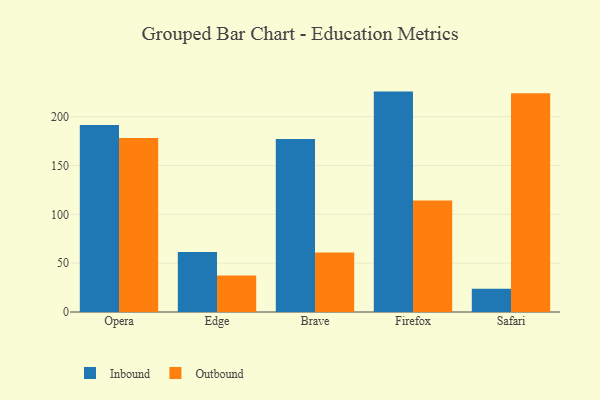
{"axis": {"x": "Browser", "y": "Market Share (%)"}, "legend": ["Inbound", "Outbound"], "data": [{"x": "Opera", "y": 191.4, "type": "Inbound"}, {"x": "Opera", "y": 178.2, "type": "Outbound"}, {"x": "Edge", "y": 61.5, "type": "Inbound"}, {"x": "Edge", "y": 37.5, "type": "Outbound"}, {"x": "Brave", "y": 177.1, "type": "Inbound"}, {"x": "Brave", "y": 61.0, "type": "Outbound"}, {"x": "Firefox", "y": 225.7, "type": "Inbound"}, {"x": "Firefox", "y": 114.1, "type": "Outbound"}, {"x": "Safari", "y": 23.9, "type": "Inbound"}, {"x": "Safari", "y": 223.9, "type": "Outbound"}]}